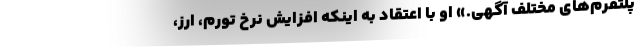
پلتفرم‌های مختلف آگهی.» او با اعتقاد به اینکه افزایش نرخ تورم، ارز،